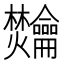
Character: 𫜴